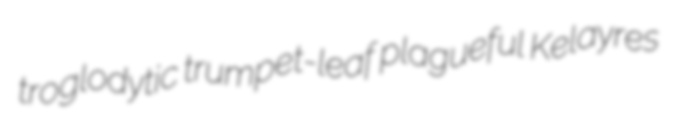
troglodytic trumpet-leaf plagueful Kelayres